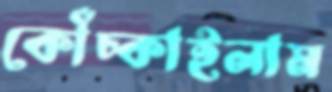
কোঁচ্‌কাইলাম